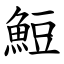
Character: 䱏